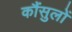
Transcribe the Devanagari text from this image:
कौंसुलों